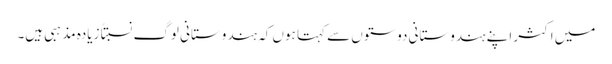
میں اکثر اپنے ہندوستانی دوستوں سے کہتا ہوں کہ ہندوستانی لوگ نسبتاً زیادہ مذہبی ہیں۔